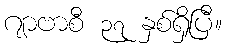
ဂျာဗာစီ ၃၇ နှစ်ရှိပြီ။